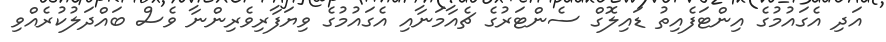
އަދި އެގައުމުގެ އިންޓަފެއިތު ޑައިލޮގް ސެންޓަރުގެ ޗެއާމަނާއި އެގައުމުގެ ވިޔަފާރިވެރިންނާ ވެސް ބައްދަލުކުރެއްވި